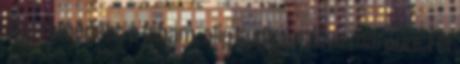
úgy remegett a lábam, alig tudtam állva maradni. Fél